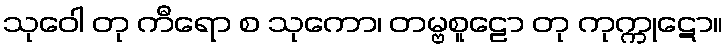
သုဝေါ တု ကီရော စ သုကော၊ တမ္ဗစူဠော တု ကုက္ကုဋော။